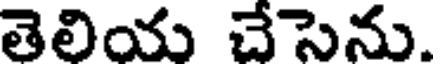
తెలియ చేసెను.